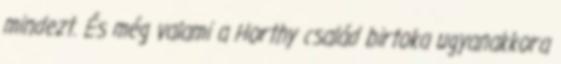
mindezt. És még valami a Horthy család birtoka ugyanakkora